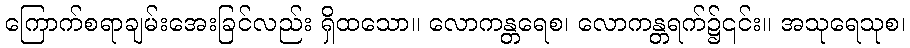
ကြောက်စရာချမ်းအေးခြင်လည်း ရှိထသော။ လောကန္တရေစ၊ လောကန္တရက်၌၎င်း။ အသုရေသုစ၊